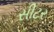
સીટર